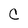
Character: C